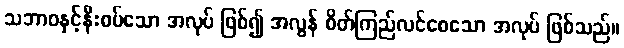
သဘာဝနှင့်နီးစပ်သော အလုပ် ဖြစ်၍ အလွန် စိတ်ကြည်လင်စေသော အလုပ် ဖြစ်သည်။